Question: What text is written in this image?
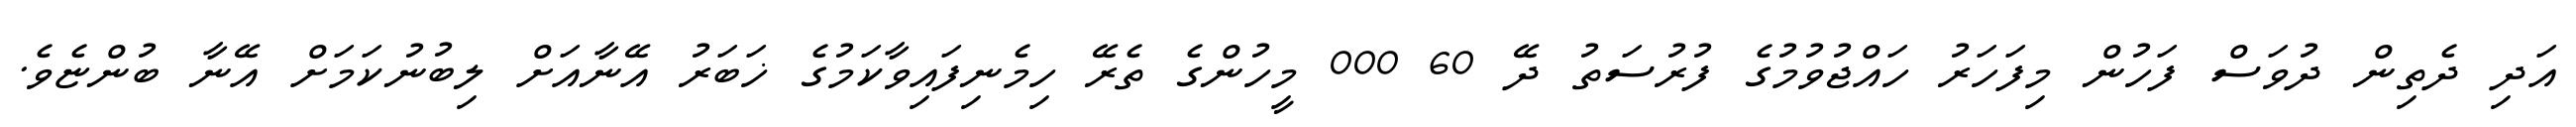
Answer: އަދި ދެތިން ދުވަސް ފަހުން މިފަހަރު ހައްޖުވުމުގެ ފުރުސަތު ދޭ 60 000 މީހުންގެ ތެރޭ ހިމެނިފައިވާކަމުގެ ޚަބަރު އޭނާއަށް ލިބުނުކަމަށް އޭނާ ބުންޏެވެ.